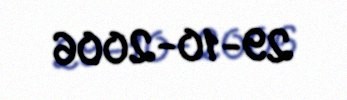
29-10-2006